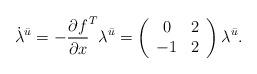
LaTeX: \begin{align*}\dot{\lambda}^{\bar{u}} = -\frac{\partial f}{\partial x}^T\lambda^{\bar{u}} = \left(\begin{array}{cc}0 & 2\\-1 & 2\end{array}\right)\lambda^{\bar{u}}.\end{align*}